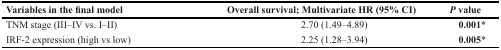
<table><thead><tr><td><b>Variables in the final model</b></td><td><b>Overall survival; Multivariate HR (95% CI)</b></td><td><b><i>P</i> value</b></td></tr></thead><tbody><tr><td>TNM stage (III–IV vs. I–II)</td><td>2.70 (1.49–4.89)</td><td><b>0.001</b>*</td></tr><tr><td>IRF-2 expression (high vs low)</td><td>2.25 (1.28–3.94)</td><td><b>0.005</b>*</td></tr></tbody></table>